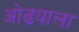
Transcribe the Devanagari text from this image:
ओढ्याला